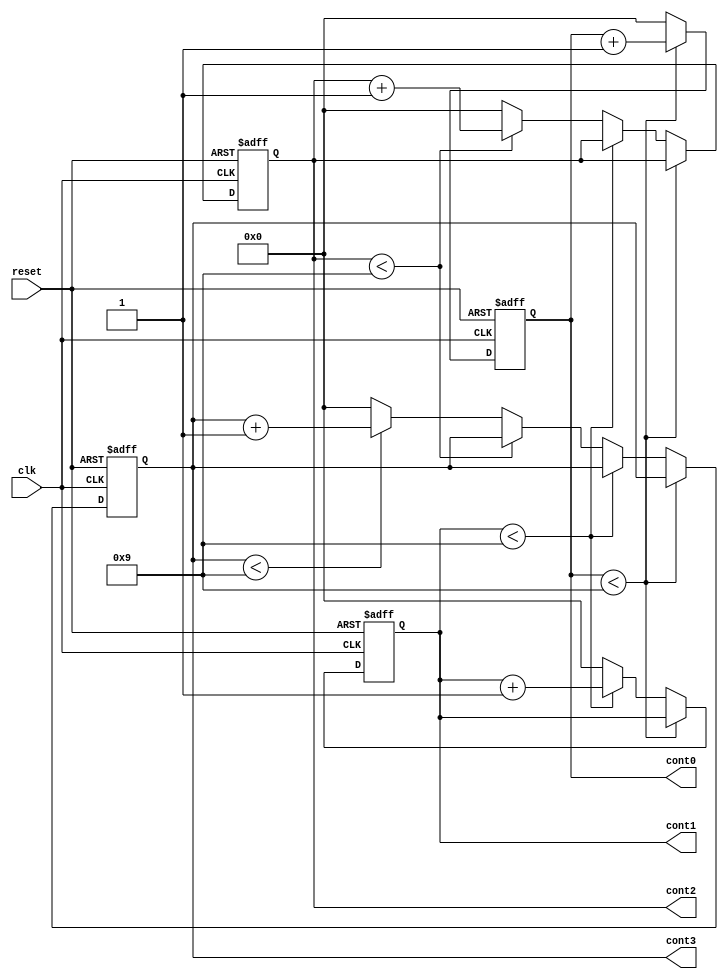
`timescale 1ns / 1ps
//////////////////////////////////////////////////////////////////////////////////
// Company:        Universidad Nacional de Colombia
// 
// Design Name:    Contador de 0 a 9999
// Module Name:    Cont_0_9999 
// Project Name:   Contador 0 a 9999
// Target Devices: Xilinx Spartan-3E FPGA
// Tool versions: 
// Description:    Contador de 0 a 9999 con reset
//
// Dependencies: 
//
// Revision: 
// Revision 0.01 - File Created
// Additional Comments: 
//
//////////////////////////////////////////////////////////////////////////////////
module Cont_0_9999(
    input clk,
    input reset,
    output reg [3:0] cont0,
    output reg [3:0] cont1,
    output reg [3:0] cont2,
    output reg [3:0] cont3
    );
	 
	 always @(posedge clk or posedge reset)
	 begin
	 
		if(reset)
		begin
		
			cont0 = 0;
			cont1 = 0;
			cont2 = 0;
			cont3 = 0;
		
		end
		else
			
			if(cont0 < 4'b1001)
			
				cont0 = cont0 + 1; // contador de unidades
				
			else
			begin
			
				cont0 = 0;
				
				if(cont1 < 4'b1001)
				
					cont1 = cont1 + 1;// contador de decenas
					
				else
				begin
				
					cont1 = 0;
					
					if(cont2 < 4'b1001)
					
						cont2 = cont2 + 1;//contador de centenas
						
					else
					begin
					
						cont2 = 0;
						
							if(cont3 < 4'b1001)
					
								cont3 = cont3 + 1; //contador de miles
						
							else
							
								cont3 = 0;
					
					end
				
				end
			
			end
	 
	 end


endmodule